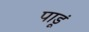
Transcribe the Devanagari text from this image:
पाडूं